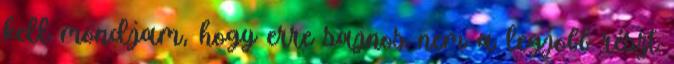
kell mondjam, hogy erre sajnos nem a legjobb részt